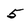
Character: 5